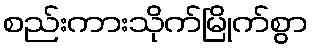
စည်းကားသိုက်မြိုက်စွာ